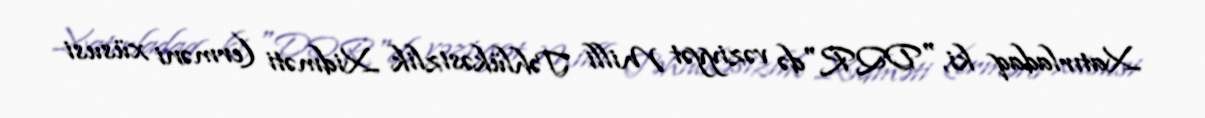
Xatırladaq ki, "DQR"də vəziyyət Milli Təhlükəsizlik Xidməti (erməni xüsusi